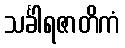
သင်္ခါရဇာတိကံ